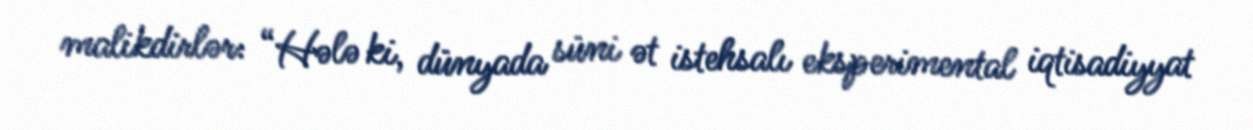
malikdirlər: “Hələ ki, dünyada süni ət istehsalı eksperimental iqtisadiyyat